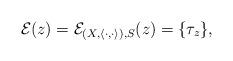
LaTeX: \begin{align*}\mathcal{E}(z) = \mathcal{E}_{(X,\langle\cdot,\cdot\rangle), S}(z) = \{ \tau_z \},\end{align*}